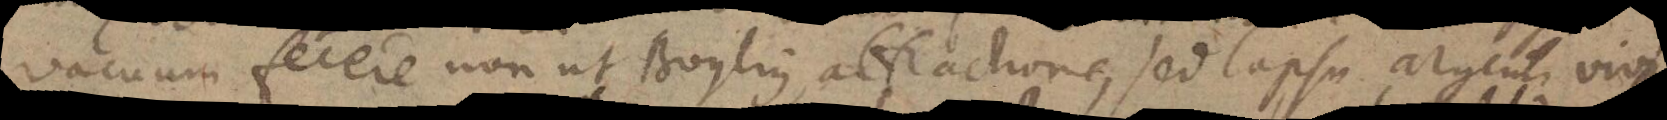
vacuum fecere non ut Boylius, attractione, sed lapsu argenti vivi.